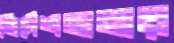
নির্দেশনামার